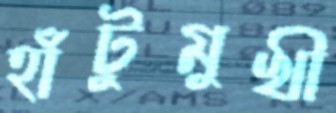
হাঁটুমুখী